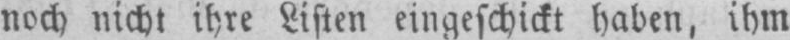
noch nicht ihre Listen eingeschickt haben, ihm